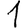
Digit: 1